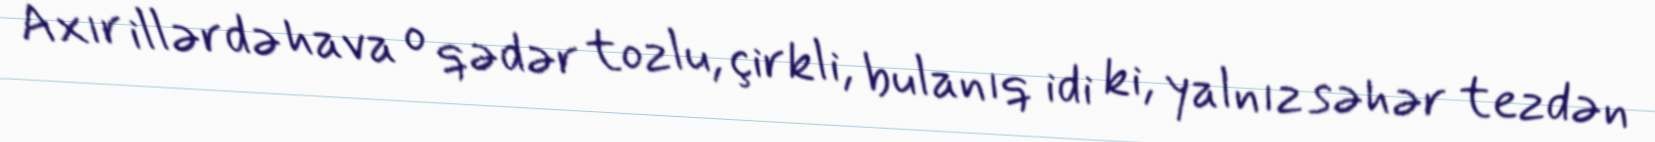
Axır illərdə hava o qədər tozlu, çirkli, bulanıq idi ki, yalnız səhər tezdən